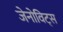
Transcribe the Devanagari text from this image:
जेनोविट्स